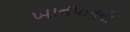
ખાનપાનની